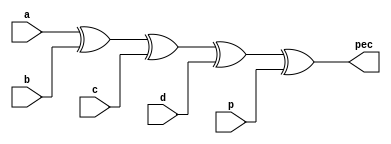
`timescale 1ns / 1ps
//////////////////////////////////////////////////////////////////////////////////
// Company: 
// Engineer: 
// 
// Design Name: 
// Module Name: paritycheck
// Project Name: 
// Target Devices: 
// Tool Versions: 
// Description: 
// 
// Dependencies: 
// 
// Revision:
// Revision 0.01 - File Created
// Additional Comments:
// 
//////////////////////////////////////////////////////////////////////////////////


module paritycheck(
    input a,b,c,d,p,
    output pec
    );
assign pec=(a^b^c^d^p);
endmodule